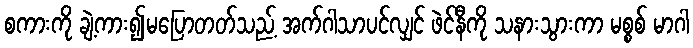
စကားကို ချဲ့ကား၍မပြောတတ်သည့် အက်ဂါသာပင်လျှင် ဖဲင်နီကို သနားသွားကာ မစ္စစ် မာဂါ